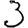
Digit: 3